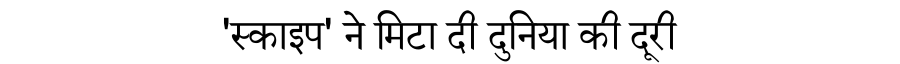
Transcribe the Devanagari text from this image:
'स्काइप' ने मिटा दी दुनिया की दूरी